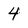
Character: 4